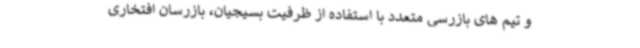
و تیم های بازرسی متعدد با استفاده از ظرفیت بسیجیان، بازرسان افتخاری